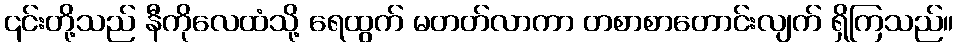
၎င်းတို့သည် နီကိုလေထံသို့ ရေထွက် မတတ်လာကာ တစာစာတောင်းလျက် ရှိကြသည်။